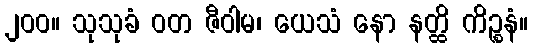
၂၀၀။ သုသုခံ ဝတ ဇီဝါမ၊ ယေသံ နော နတ္ထိ ကိဉ္စနံ။